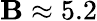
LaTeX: \mathbf{B}\approx5.2